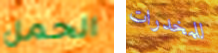
الحمل للمخدرات